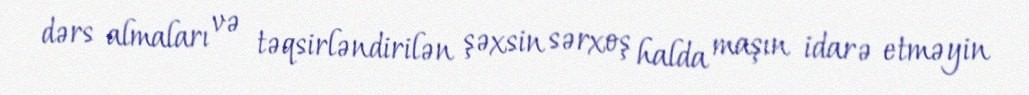
dərs almaları və təqsirləndirilən şəxsin sərxoş halda maşın idarə etməyin